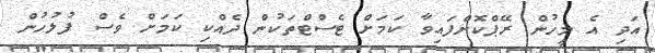
އަދި އެ މީހުން ރޭޕްކޮށްފައިވާ ކަމަށް ޓެސްޓްތަކުން ދެއްކި ކަމަށް ވެސް ފުލުހުން